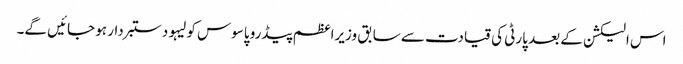
اس الیکشن کے بعد پارٹی کی قیادت سے سابق وزیراعظم پیڈرو پاسوس کولیہو دستبردار ہو جائیں گے۔